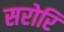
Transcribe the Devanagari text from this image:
सरोरि